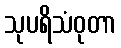
သုပရိသံဝုတာ